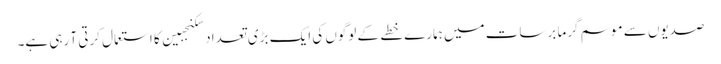
صدیوں سے موسم گرما برسات میں ہمارے خطے کے لوگوں کی ایک بڑی تعداد سکنجبین کا استعمال کرتی آ رہی ہے۔